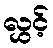
လွှင့်